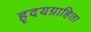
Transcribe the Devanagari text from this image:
हृदयग्राहिता